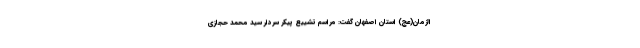
الزمان(عج) استان اصفهان گفت: مراسم تشییع پیکر سردار سید محمد حجازی